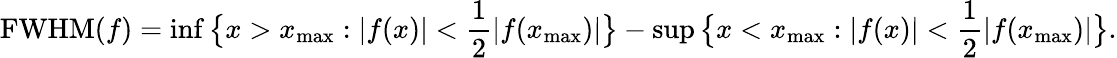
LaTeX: \mathrm{FWHM}(f)=\operatorname*{inf}\big\{ x>x_{\mathrm{max}}:|f(x)|<\frac{1}{2}|f(x_{\mathrm{max}})|\big\} -\operatorname*{sup}\big\{ x<x_{\mathrm{max}}:|f(x)|<\frac{1}{2}|f(x_{\mathrm{max}})|\big\} .